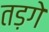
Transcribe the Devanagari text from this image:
तड़गे